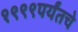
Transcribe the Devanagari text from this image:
१९९९पर्यंतचे